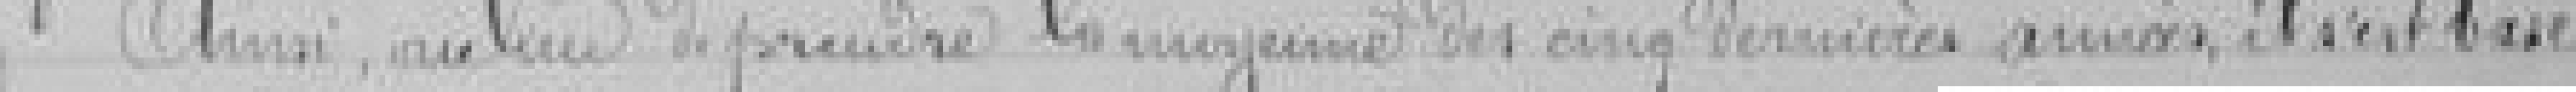
Ainsi, au lieu de prendre la moyenne des cinq dernières années, il s'est basé